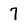
Character: 7